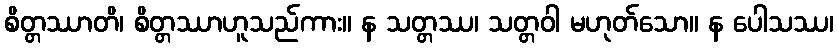
စိတ္တဿာတိ၊ စိတ္တဿာဟူသည်ကား။ န သတ္တဿ၊ သတ္တဝါ မဟုတ်သော။ န ပေါသဿ၊